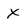
Character: X